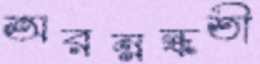
অরম্নন্ধতী